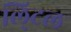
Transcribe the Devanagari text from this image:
लि्टल